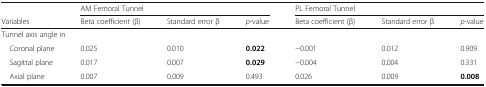
|  | <COLSPAN=3> AM Femoral Tunnel | <COLSPAN=3> PL Femoral Tunnel |
 | Variables | Beta coefficient (β) | Standard error β | p-value | Beta coefficient (β) | Standard error β | p-value |
 | --- | --- | --- | --- | --- | --- | --- |
 | <COLSPAN=7> Tunnel axis angle in |
 | Coronal plane | 0.025 | 0.010 | 0.022 | −0.001 | 0.012 | 0.909 |
 | Sagittal plane | 0.017 | 0.007 | 0.029 | −0.004 | 0.004 | 0.331 |
 | Axial plane | 0.007 | 0.009 | 0.493 | 0.026 | 0.009 | 0.008 |